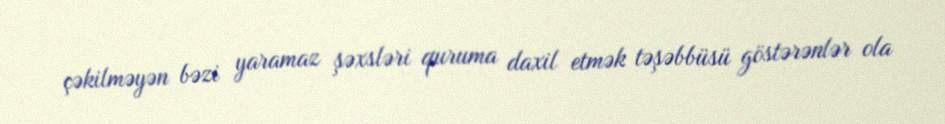
çəkilməyən bəzi yaramaz şəxsləri quruma daxil etmək təşəbbüsü göstərənlər ola